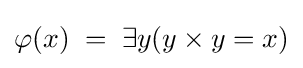
\varphi (x)\;=\;\exists y(y\times y=x)